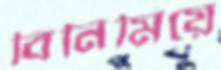
বিনিমিয়ে